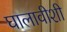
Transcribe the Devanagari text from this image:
घालावीशी